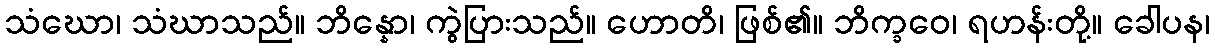
သံဃော၊ သံဃာသည်။ ဘိန္နော၊ ကွဲပြားသည်။ ဟောတိ၊ ဖြစ်၏။ ဘိက္ခဝေ၊ ရဟန်းတို့။ ခေါပန၊